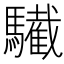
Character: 𩦷